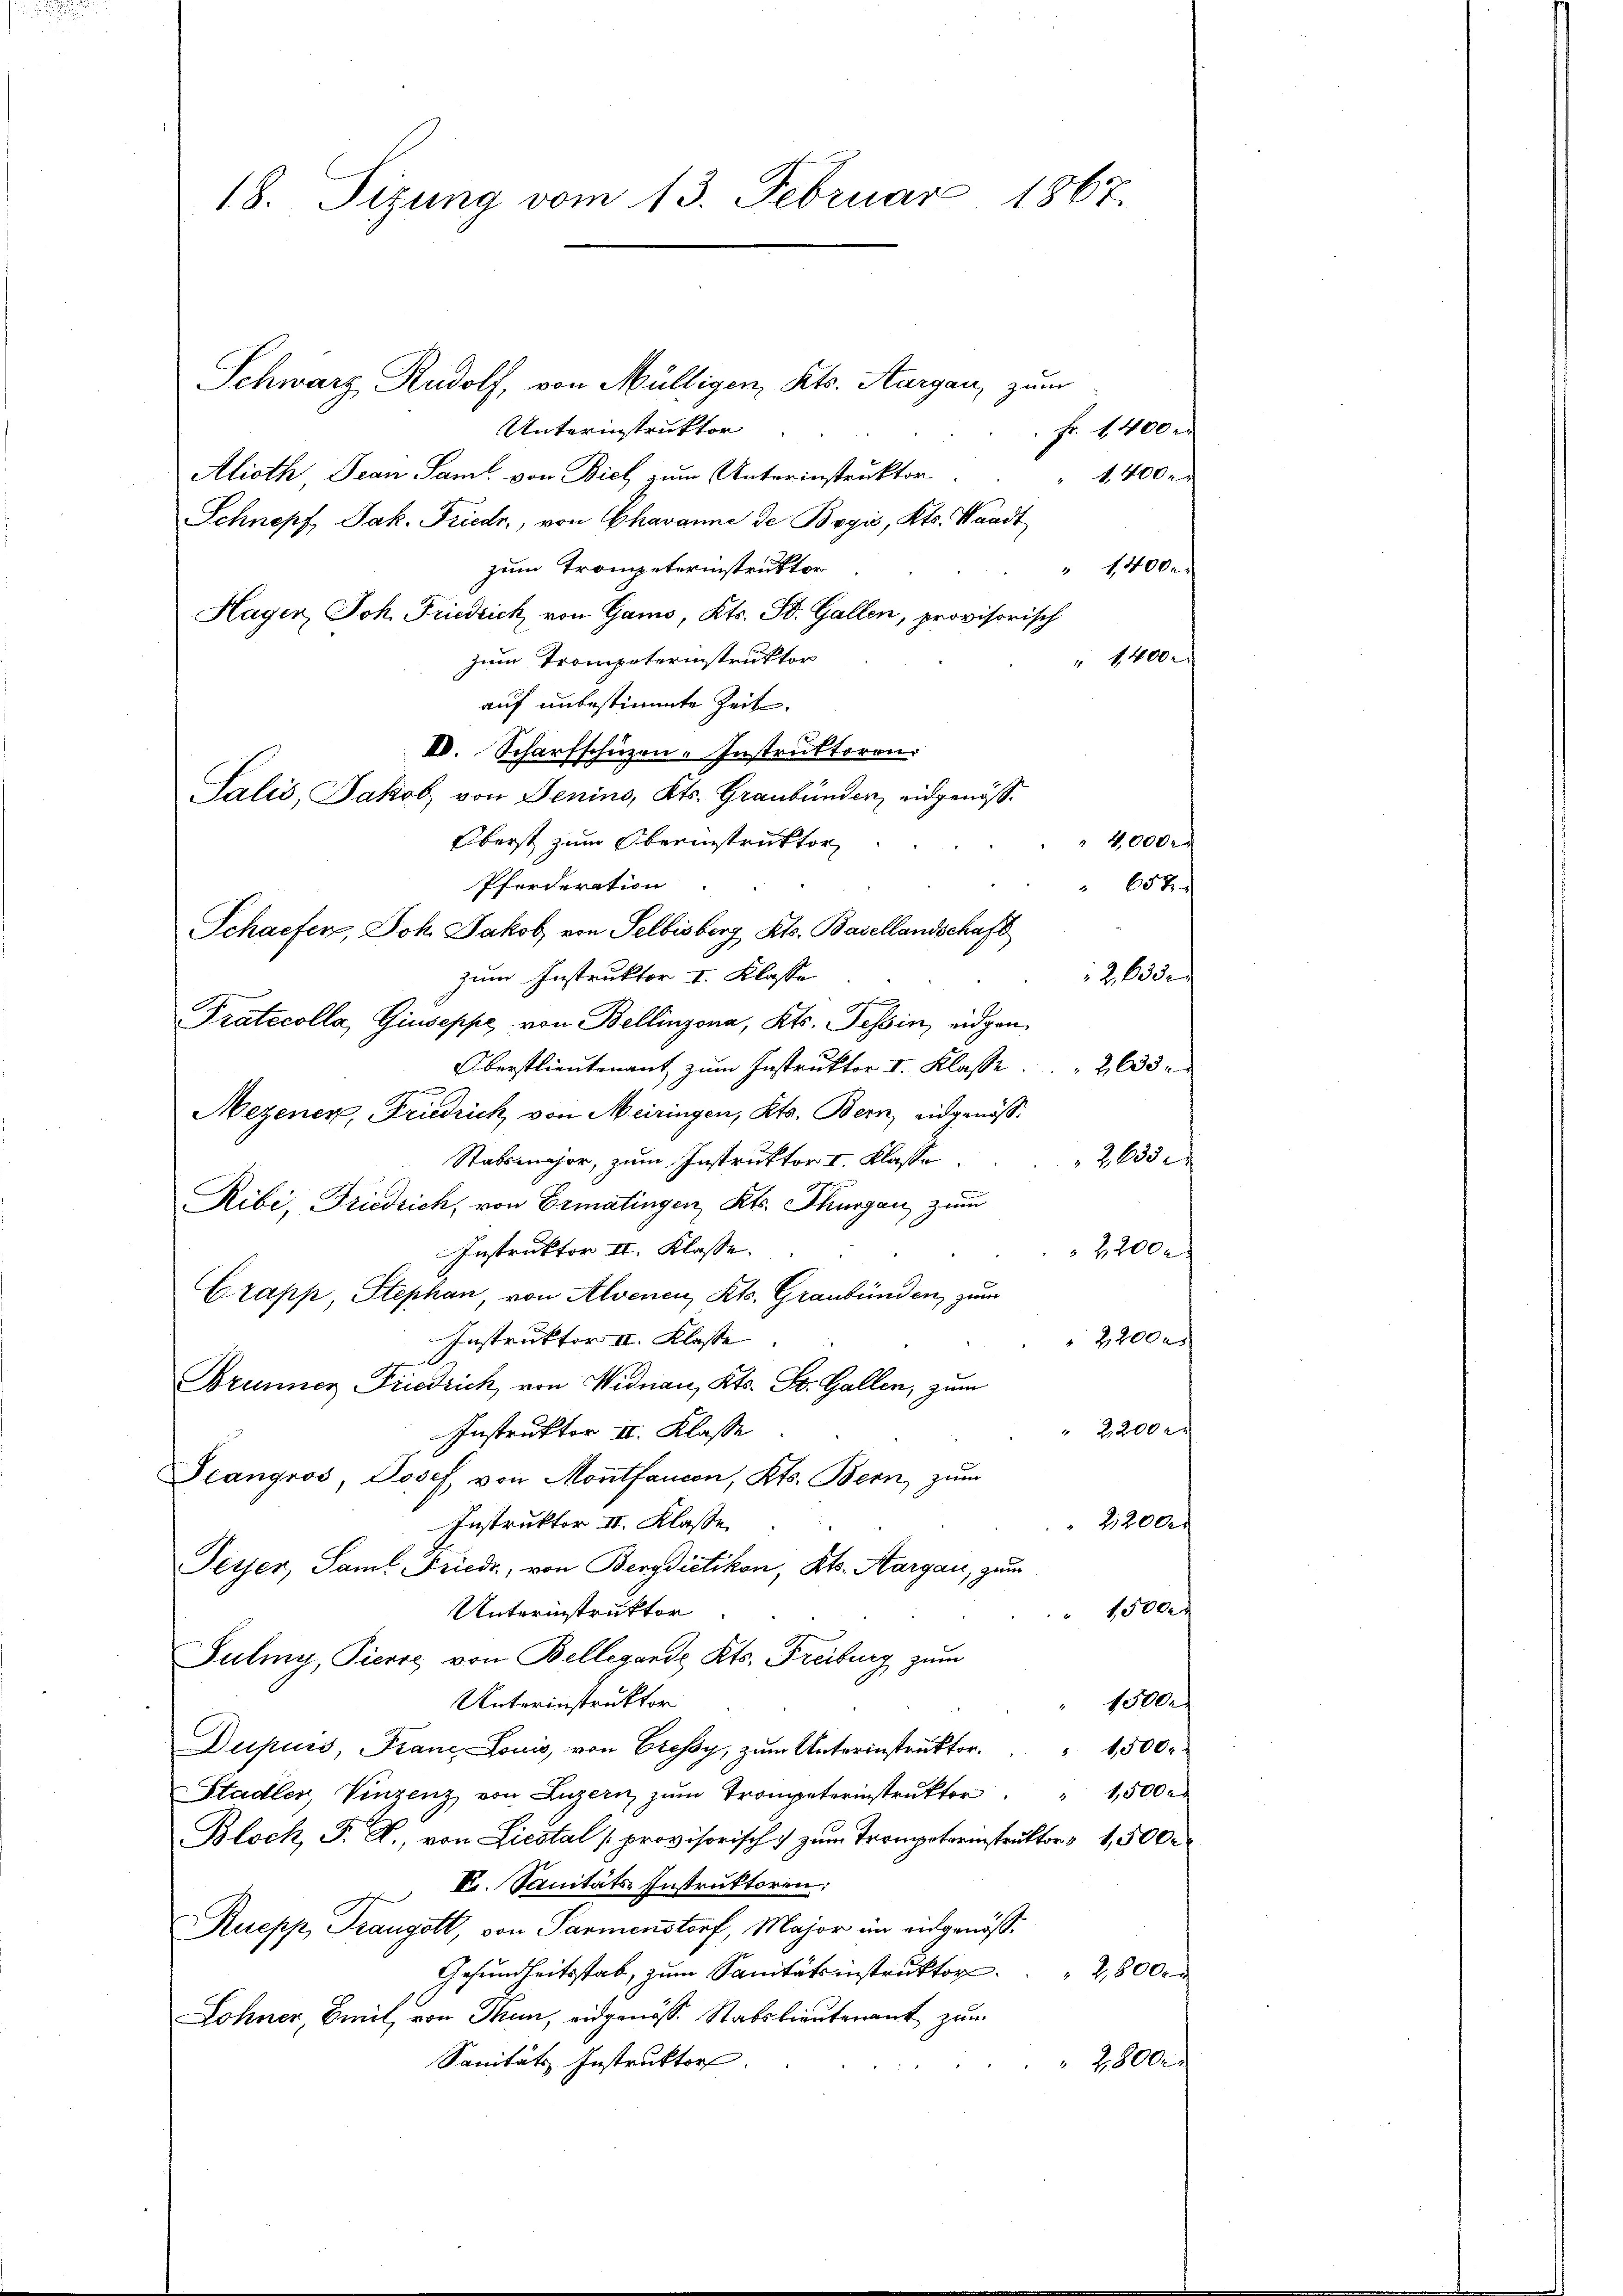
Schwarz Rudolf, von Mülligen, Kts. Aargau, zum
Unterinstruktor
Fr. 1400 M
Alioth, Jean Saml. von Biel zum Unterinstruktor
1,400 x
Schnepf, Jak. Friedr., von Chavanne de Begić, Kts. Waadt
zum Trompeterinstruktor
" 1400.
Hagen, Joh. Friedrich, von Gams, Kts. Bd. Gallen, provisorisch
" 1400
zum Trompeterinstruktor
auf unbestimmte Zeit.
IV. Scharfschüzen-Instruktoren.
Salis, Jakob von Jenino, Kts. Graubünden, eidgenös¬
Oberst zum Oberinstruktor
1000
Pferderation
Scharfen, Joh. Jakob von Selbisberg Kts. Basellandschaft
zum Instruktor I. Klasse
g
Pratocolla, Giuseppe, von Bellinzona, Kts. Tessin, eidgen
Oberstlieutenant zum Instruktor I. Klasse . . 2633
Mezener, Friedrich von Meiringen, Kts. Bern, eidgenös¬
Stabsmajor, zum Instruktor I. Klasse
Ribi, Friedrich, von Ermatingen, Kts. Thurgau zum
Instruktor II. Klasse.
Crapp, Stephan, von Alvenen, Kts. Graubünden, zum
Instruktor II. Klasse
Brunner Friedrich, von Widnau, Kts. St. Gallen, zum
2200 x
Instruktor II. Klasse
Jeangros, Josef, von Montfancon, Kts. Bern, zum
Instruktor II. Klasse
2,200
Teyser, Saml Friede, von Bergdietikon, Kts. Aargau, zum
sar
Unterinstruktor
Julmy, Pierre von Bellegande Kts. Freiburg zum
Unterinstruktor
1500
Dupurs, Franz Louis, von Cressy, zŭm Unterinstrŭktor. " 1500
Stadler, Vinzenz von Luzern zum Trompeterinstruktor " " 1,500 r
Bloch, P. R., von Liestal (provisorisch zum Trompeterinstruktor 1,500
V. Sanitäts-Instruktoren;
Ruepp, Trangelt, von Parmenstorf, Major im eidgenös¬
Gesundheitsstab, zum Sanitätsinstruktor
2 Blec
Lohner, Breit, von Thun, eidgenöss. Stabslieutenant zum
Sanitäts Instruktor.
28000

18. Sizung vom 13. Februar 1867.

658.

2,633
26
2200 r
2200